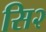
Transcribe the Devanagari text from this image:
सि२